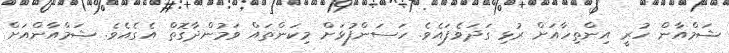
ޝަމްއާން ހުރީ އިންތިހާއަށް ރުޅި ގަދަވެފައެވެ. ހަސަންފުޅަށް މިކަންތައް ވަމުންދާގޮތް އެގެއެވެ. ޝަމްއާންއަށް